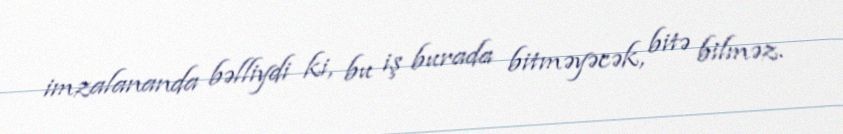
imzalananda bəlliydi ki, bu iş burada bitməyəcək, bitə bilməz.